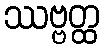
ဿဗ္ဗတ္ထ